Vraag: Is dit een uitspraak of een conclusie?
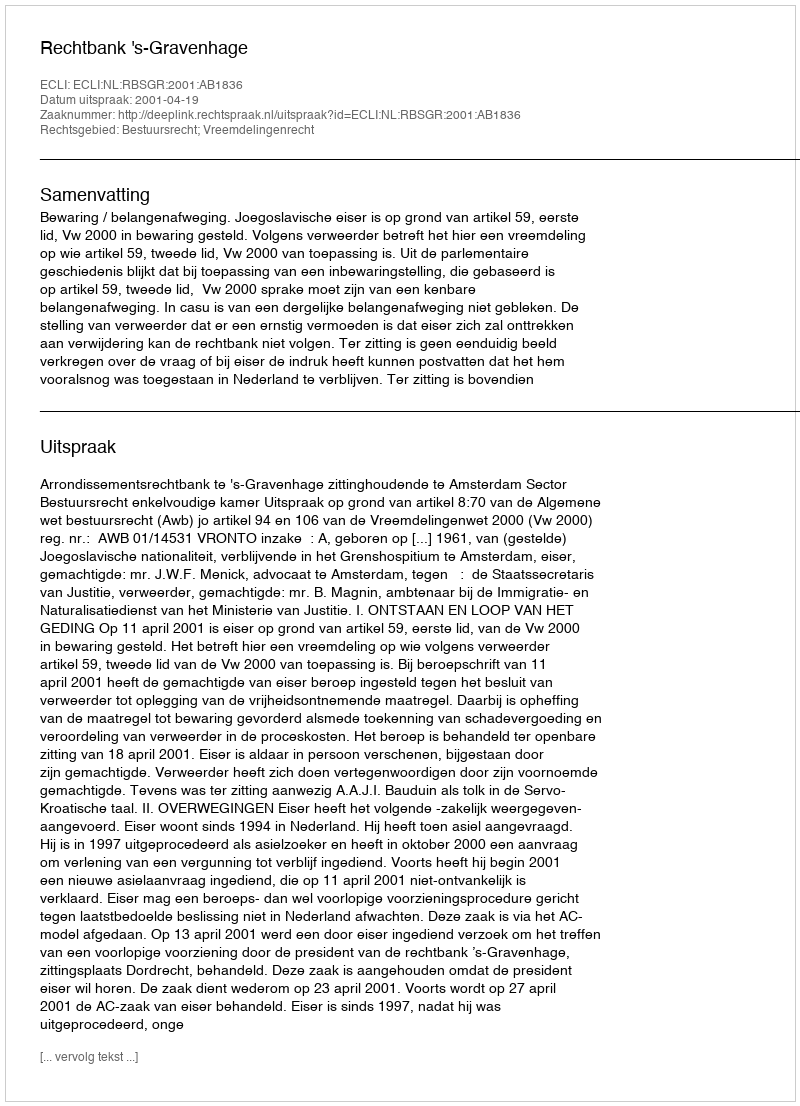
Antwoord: Uitspraak